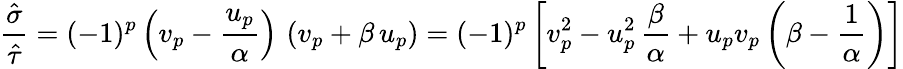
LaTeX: \frac{\hat{\sigma}}{\hat{\tau}}=(-1)^{p}\left(v_{p}-\frac{u_{p}}{\alpha}\right)\, \left(v_{p}+\beta\, u_{p}\right)=(-1)^{p}\left[v_{p}^{2}-u_{p}^{2}\, \frac{\beta}{\alpha}+u_{p}v_{p}\left(\beta-\frac{1}{\alpha}\right)\right]